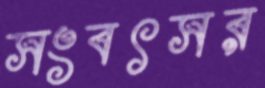
সংবৎসর